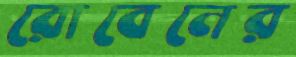
রোবেনের